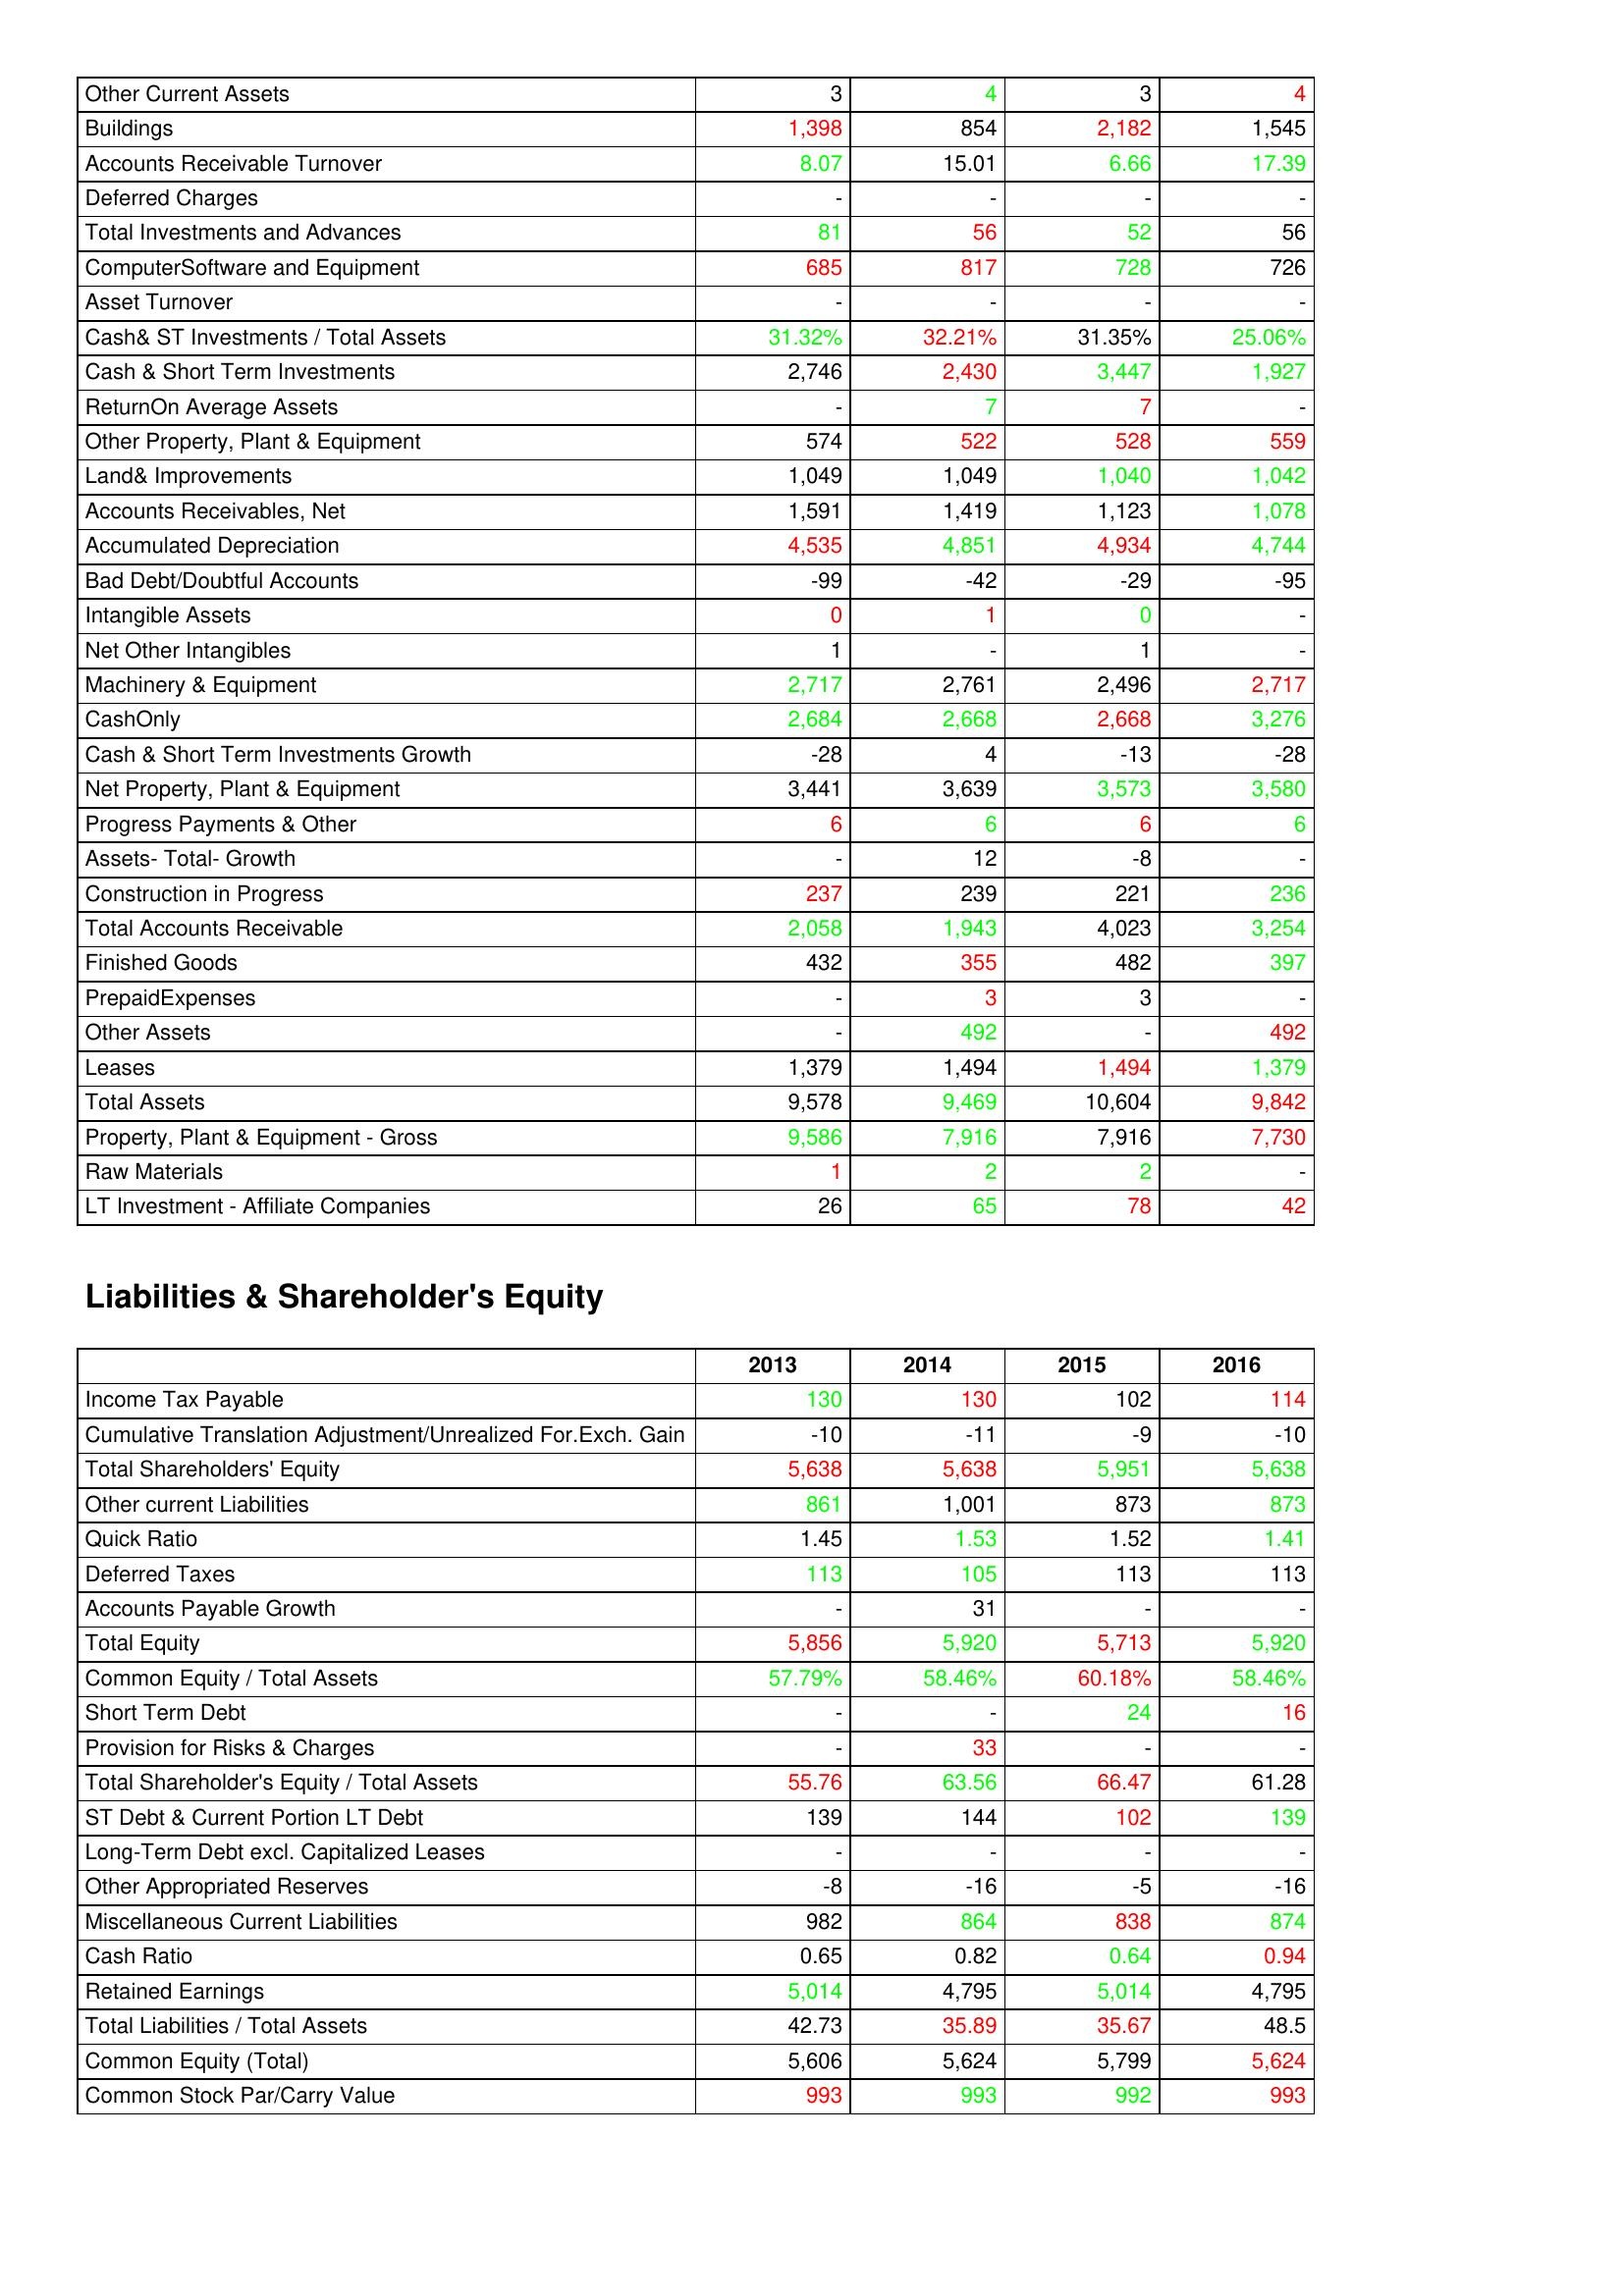
gt_parse: 2013: Assets: Other Current Assets: 3
Buildings: 1,398
Accounts Receivable Turnover: 8.07
Deferred Charges: -
Total Investments and Advances: 81
ComputerSoftware and Equipment: 685
Asset Turnover: -
Cash& ST Investments / Total Assets: 31.32%
Cash & Short Term Investments: 2,746
ReturnOn Average Assets: -
Other Property, Plant & Equipment: 574
Land& Improvements: 1,049
Accounts Receivables, Net: 1,591
Accumulated Depreciation: 4,535
Bad Debt/Doubtful Accounts: -99
Intangible Assets: 0
Net Other Intangibles: 1
Machinery & Equipment: 2,717
CashOnly: 2,684
Cash & Short Term Investments Growth: -28
Net Property, Plant & Equipment: 3,441
Progress Payments & Other: 6
Assets- Total- Growth: -
Construction in Progress: 237
Total Accounts Receivable: 2,058
Finished Goods: 432
PrepaidExpenses: -
Other Assets: -
Leases: 1,379
Total Assets: 9,578
Property, Plant & Equipment - Gross : 9,586
Raw Materials: 1
LT Investment - Affiliate Companies: 26
Liabilities & Shareholder's Equity: Income Tax Payable: 130
Cumulative Translation Adjustment/Unrealized For.Exch. Gain: -10
Total Shareholders' Equity: 5,638
Other current Liabilities: 861
Quick Ratio: 1.45
Deferred Taxes: 113
Accounts Payable Growth: -
Total Equity: 5,856
Common Equity / Total Assets: 57.79%
Short Term Debt: -
Provision for Risks & Charges: -
Total Shareholder's Equity / Total Assets: 55.76
ST Debt & Current Portion LT Debt: 139
Long-Term Debt excl. Capitalized Leases: -
Other Appropriated Reserves: -8
Miscellaneous Current Liabilities: 982
Cash Ratio: 0.65
Retained Earnings: 5,014
Total Liabilities / Total Assets: 42.73
Common Equity (Total): 5,606
Common Stock Par/Carry Value: 993
2014: Assets: Other Current Assets: 4
Buildings: 854
Accounts Receivable Turnover: 15.01
Deferred Charges: -
Total Investments and Advances: 56
ComputerSoftware and Equipment: 817
Asset Turnover: -
Cash& ST Investments / Total Assets: 32.21%
Cash & Short Term Investments: 2,430
ReturnOn Average Assets: 7
Other Property, Plant & Equipment: 522
Land& Improvements: 1,049
Accounts Receivables, Net: 1,419
Accumulated Depreciation: 4,851
Bad Debt/Doubtful Accounts: -42
Intangible Assets: 1
Net Other Intangibles: -
Machinery & Equipment: 2,761
CashOnly: 2,668
Cash & Short Term Investments Growth: 4
Net Property, Plant & Equipment: 3,639
Progress Payments & Other: 6
Assets- Total- Growth: 12
Construction in Progress: 239
Total Accounts Receivable: 1,943
Finished Goods: 355
PrepaidExpenses: 3
Other Assets: 492
Leases: 1,494
Total Assets: 9,469
Property, Plant & Equipment - Gross : 7,916
Raw Materials: 2
LT Investment - Affiliate Companies: 65
Liabilities & Shareholder's Equity: Income Tax Payable: 130
Cumulative Translation Adjustment/Unrealized For.Exch. Gain: -11
Total Shareholders' Equity: 5,638
Other current Liabilities: 1,001
Quick Ratio: 1.53
Deferred Taxes: 105
Accounts Payable Growth: 31
Total Equity: 5,920
Common Equity / Total Assets: 58.46%
Short Term Debt: -
Provision for Risks & Charges: 33
Total Shareholder's Equity / Total Assets: 63.56
ST Debt & Current Portion LT Debt: 144
Long-Term Debt excl. Capitalized Leases: -
Other Appropriated Reserves: -16
Miscellaneous Current Liabilities: 864
Cash Ratio: 0.82
Retained Earnings: 4,795
Total Liabilities / Total Assets: 35.89
Common Equity (Total): 5,624
Common Stock Par/Carry Value: 993
2015: Assets: Other Current Assets: 3
Buildings: 2,182
Accounts Receivable Turnover: 6.66
Deferred Charges: -
Total Investments and Advances: 52
ComputerSoftware and Equipment: 728
Asset Turnover: -
Cash& ST Investments / Total Assets: 31.35%
Cash & Short Term Investments: 3,447
ReturnOn Average Assets: 7
Other Property, Plant & Equipment: 528
Land& Improvements: 1,040
Accounts Receivables, Net: 1,123
Accumulated Depreciation: 4,934
Bad Debt/Doubtful Accounts: -29
Intangible Assets: 0
Net Other Intangibles: 1
Machinery & Equipment: 2,496
CashOnly: 2,668
Cash & Short Term Investments Growth: -13
Net Property, Plant & Equipment: 3,573
Progress Payments & Other: 6
Assets- Total- Growth: -8
Construction in Progress: 221
Total Accounts Receivable: 4,023
Finished Goods: 482
PrepaidExpenses: 3
Other Assets: -
Leases: 1,494
Total Assets: 10,604
Property, Plant & Equipment - Gross : 7,916
Raw Materials: 2
LT Investment - Affiliate Companies: 78
Liabilities & Shareholder's Equity: Income Tax Payable: 102
Cumulative Translation Adjustment/Unrealized For.Exch. Gain: -9
Total Shareholders' Equity: 5,951
Other current Liabilities: 873
Quick Ratio: 1.52
Deferred Taxes: 113
Accounts Payable Growth: -
Total Equity: 5,713
Common Equity / Total Assets: 60.18%
Short Term Debt: 24
Provision for Risks & Charges: -
Total Shareholder's Equity / Total Assets: 66.47
ST Debt & Current Portion LT Debt: 102
Long-Term Debt excl. Capitalized Leases: -
Other Appropriated Reserves: -5
Miscellaneous Current Liabilities: 838
Cash Ratio: 0.64
Retained Earnings: 5,014
Total Liabilities / Total Assets: 35.67
Common Equity (Total): 5,799
Common Stock Par/Carry Value: 992
2016: Assets: Other Current Assets: 4
Buildings: 1,545
Accounts Receivable Turnover: 17.39
Deferred Charges: -
Total Investments and Advances: 56
ComputerSoftware and Equipment: 726
Asset Turnover: -
Cash& ST Investments / Total Assets: 25.06%
Cash & Short Term Investments: 1,927
ReturnOn Average Assets: -
Other Property, Plant & Equipment: 559
Land& Improvements: 1,042
Accounts Receivables, Net: 1,078
Accumulated Depreciation: 4,744
Bad Debt/Doubtful Accounts: -95
Intangible Assets: -
Net Other Intangibles: -
Machinery & Equipment: 2,717
CashOnly: 3,276
Cash & Short Term Investments Growth: -28
Net Property, Plant & Equipment: 3,580
Progress Payments & Other: 6
Assets- Total- Growth: -
Construction in Progress: 236
Total Accounts Receivable: 3,254
Finished Goods: 397
PrepaidExpenses: -
Other Assets: 492
Leases: 1,379
Total Assets: 9,842
Property, Plant & Equipment - Gross : 7,730
Raw Materials: -
LT Investment - Affiliate Companies: 42
Liabilities & Shareholder's Equity: Income Tax Payable: 114
Cumulative Translation Adjustment/Unrealized For.Exch. Gain: -10
Total Shareholders' Equity: 5,638
Other current Liabilities: 873
Quick Ratio: 1.41
Deferred Taxes: 113
Accounts Payable Growth: -
Total Equity: 5,920
Common Equity / Total Assets: 58.46%
Short Term Debt: 16
Provision for Risks & Charges: -
Total Shareholder's Equity / Total Assets: 61.28
ST Debt & Current Portion LT Debt: 139
Long-Term Debt excl. Capitalized Leases: -
Other Appropriated Reserves: -16
Miscellaneous Current Liabilities: 874
Cash Ratio: 0.94
Retained Earnings: 4,795
Total Liabilities / Total Assets: 48.5
Common Equity (Total): 5,624
Common Stock Par/Carry Value: 993